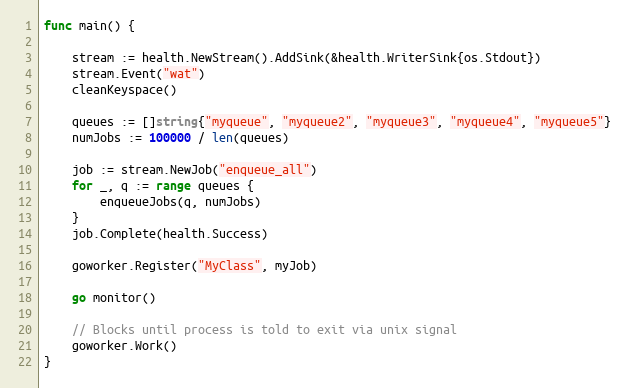
Language: Go
func main() {

	stream := health.NewStream().AddSink(&health.WriterSink{os.Stdout})
	stream.Event("wat")
	cleanKeyspace()

	queues := []string{"myqueue", "myqueue2", "myqueue3", "myqueue4", "myqueue5"}
	numJobs := 100000 / len(queues)

	job := stream.NewJob("enqueue_all")
	for _, q := range queues {
		enqueueJobs(q, numJobs)
	}
	job.Complete(health.Success)

	goworker.Register("MyClass", myJob)

	go monitor()

	// Blocks until process is told to exit via unix signal
	goworker.Work()
}